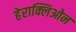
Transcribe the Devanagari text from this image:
हेराक्लिओन